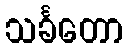
သင်္ခတော